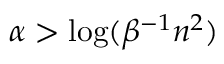
\alpha > \log ( \beta ^ { - 1 } n ^ { 2 } )